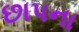
છાપના